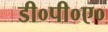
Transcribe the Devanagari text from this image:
डी०पी०ए०